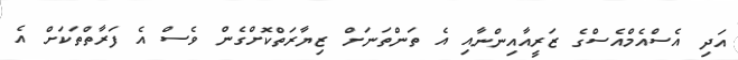
އަދި އެސްއެމްއެސްގެ ޒަރީއާއިންނާއި އެ ތަންތަނަށް ޒިޔާރަތްކޮށްގެން ވެސް އެ ފަރާތްތަކަށް އެ